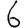
Digit: 6